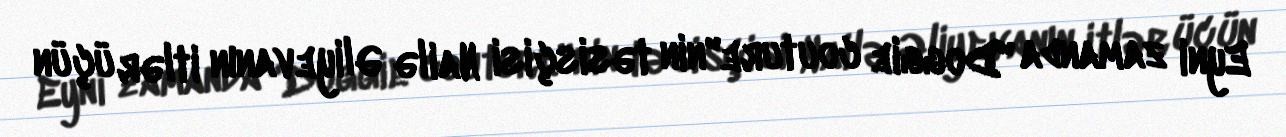
Eyni zamanda "Doggie couture"nin təsisçisi Nailə Əliyevanın itlər üçün